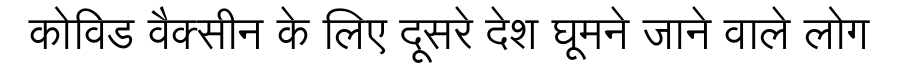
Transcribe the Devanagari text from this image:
कोविड वैक्सीन के लिए दूसरे देश घूमने जाने वाले लोग